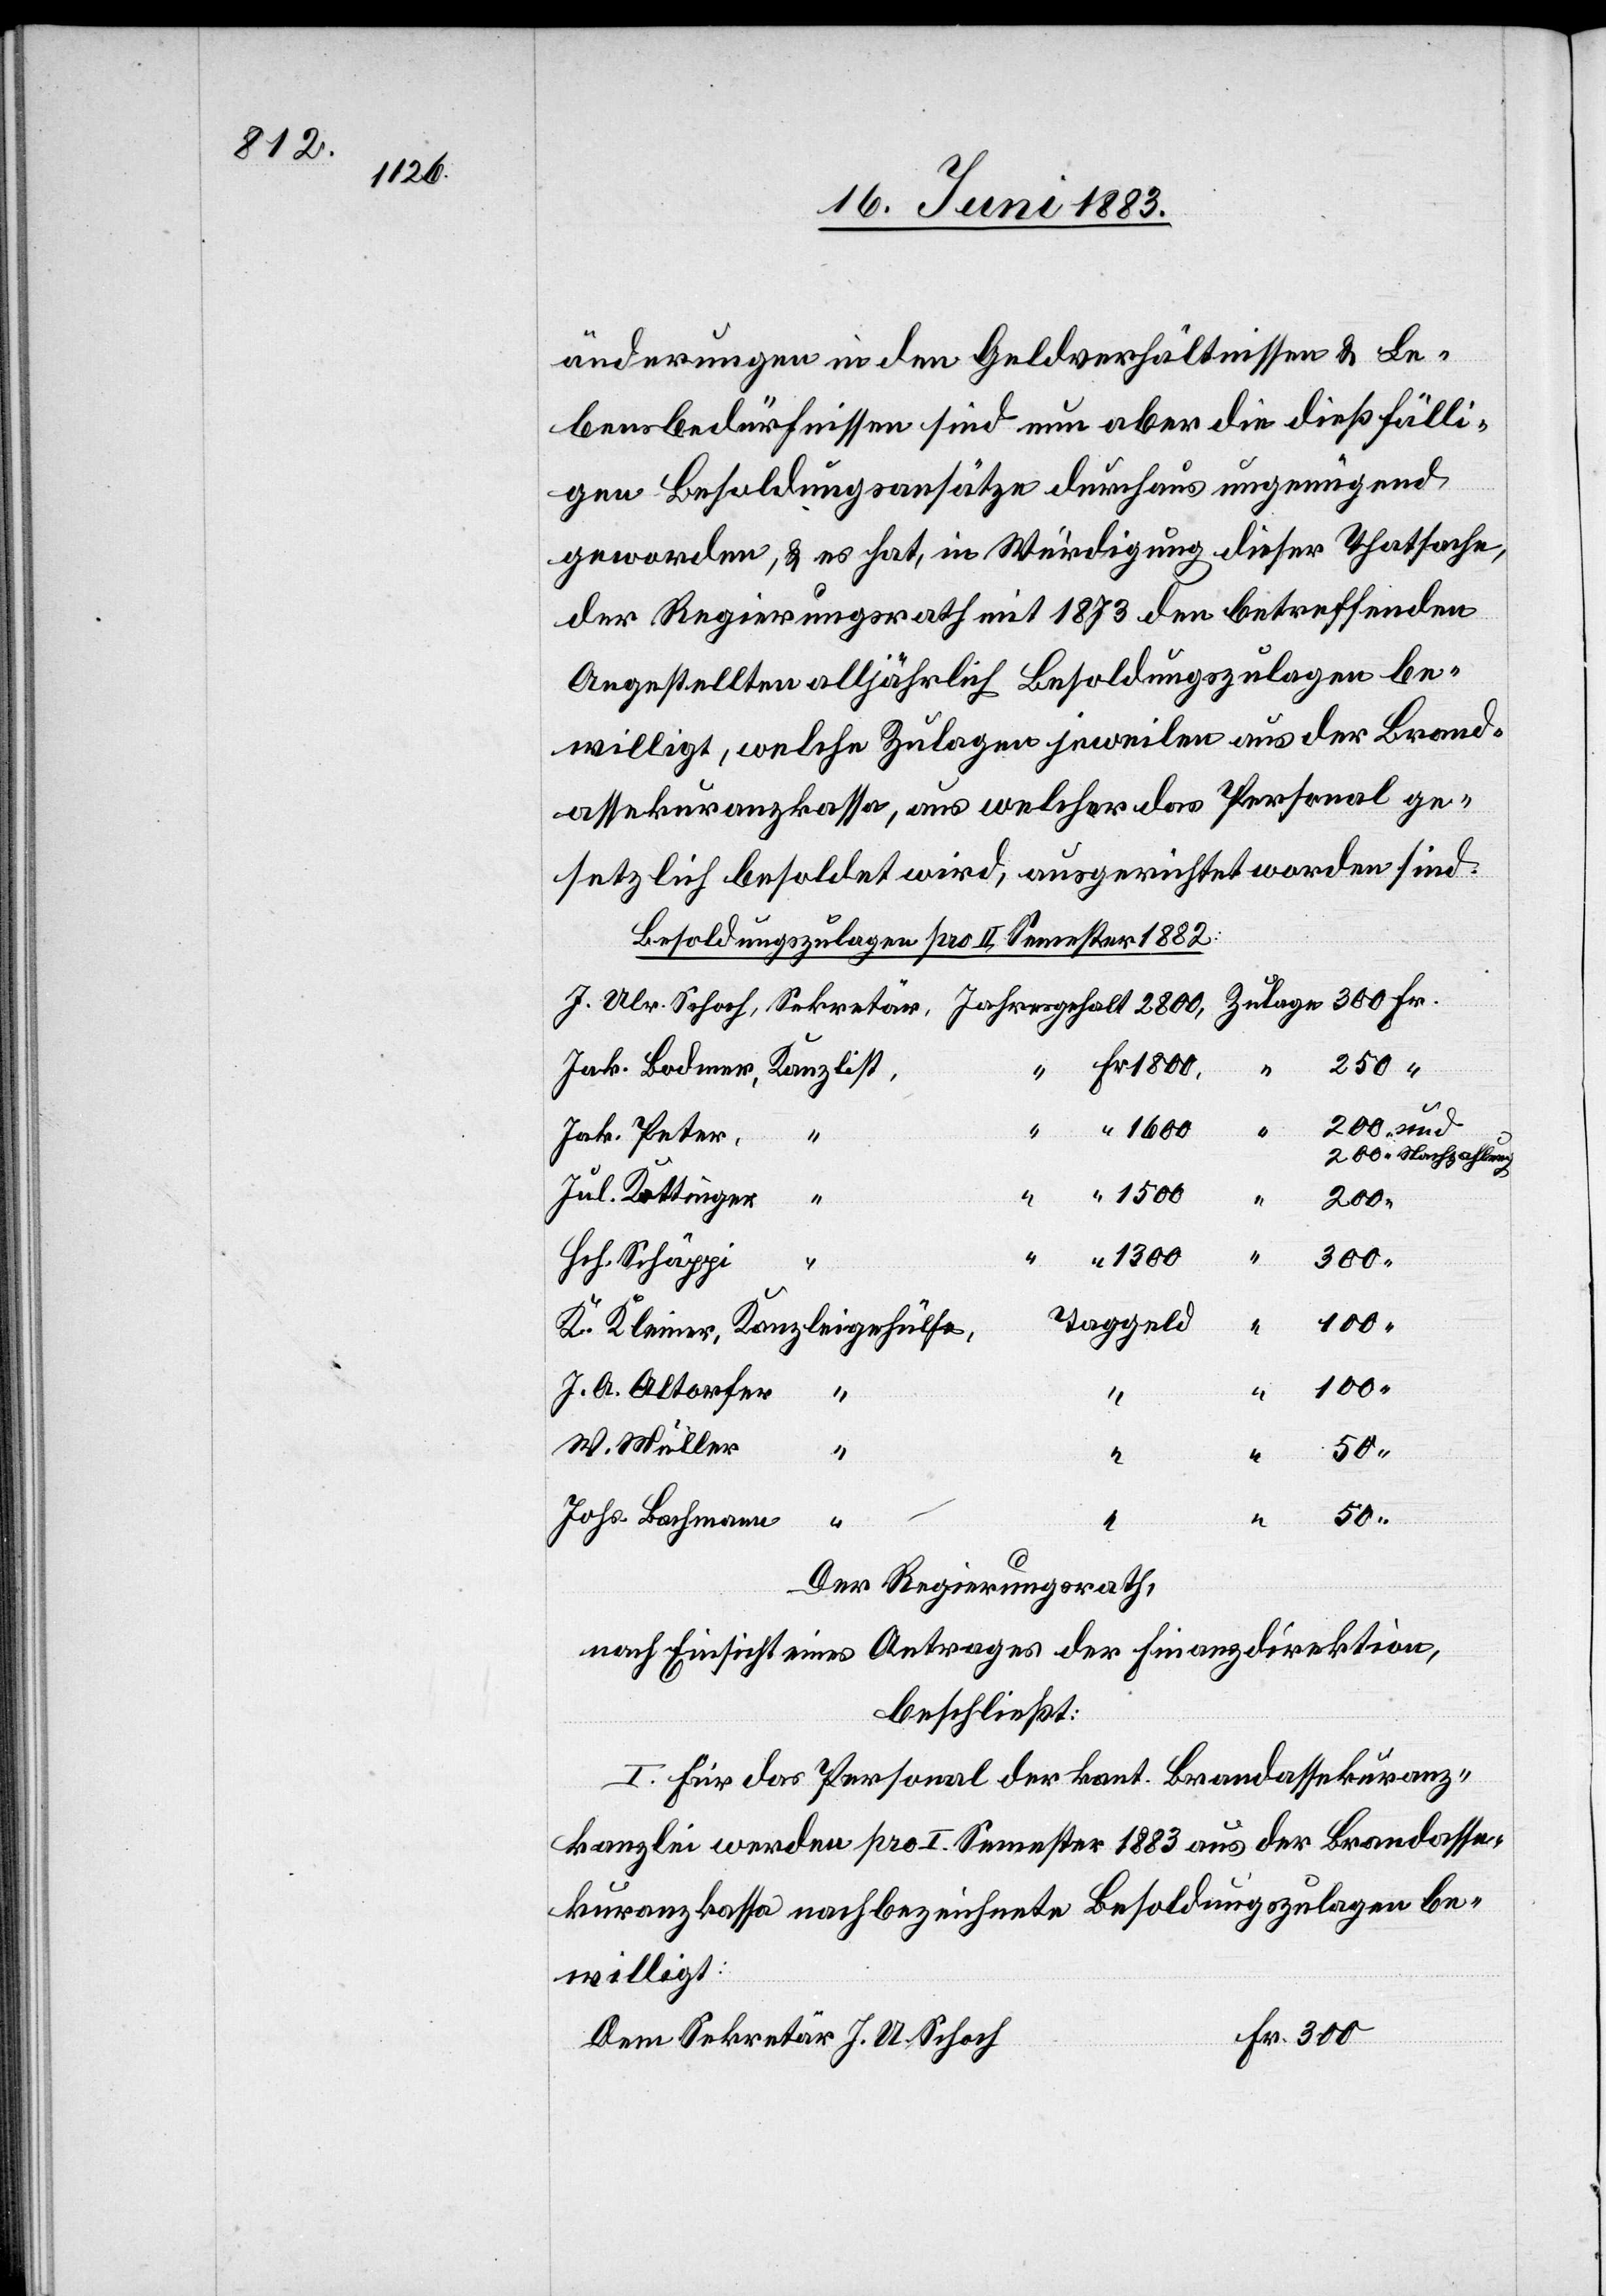
änderungen in den Geldverhältnissen & Le¬
bensbedürfnissen sind nun aber die dießfälli¬
gen Besoldungsansätze durchaus ungenügend
geworden, & es hat, in Würdigung dieser Thatsache,
der Regierungsrath mit 1873 den betreffenden
Angestellten alljährlich Besoldungszulagen be¬
willigt, welche Zulagen jeweilen aus der Brand¬
assekuranzkasse, aus welcher das Personal ge¬
setzlich besoldet wird, ausgerichtet worden sind.
Besoldungszulagen pro II. Semester 1882.
Jak. Peter,
und “ Nachzahlung
Jul. Kottinger
200
“
J.
1300
300
Hch. Schäppi
“
Taggeld
100
J. A. Altorfer
J.
A.
Fr.
M. Müller
“
Dem
300
Johs. Bachmann
“
Der Regierungsrath,
nach Einsicht eines Antrages der Finanzdirektion,
beschließt:
I. Für das Personal der kant. Brandassekuranz¬
kanzlei werden pro I. Semester 1883 aus der Brandasse¬
kuranzkassa nachbezeichnete Besoldungszulagen be¬
willigt: